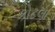
કોટલા